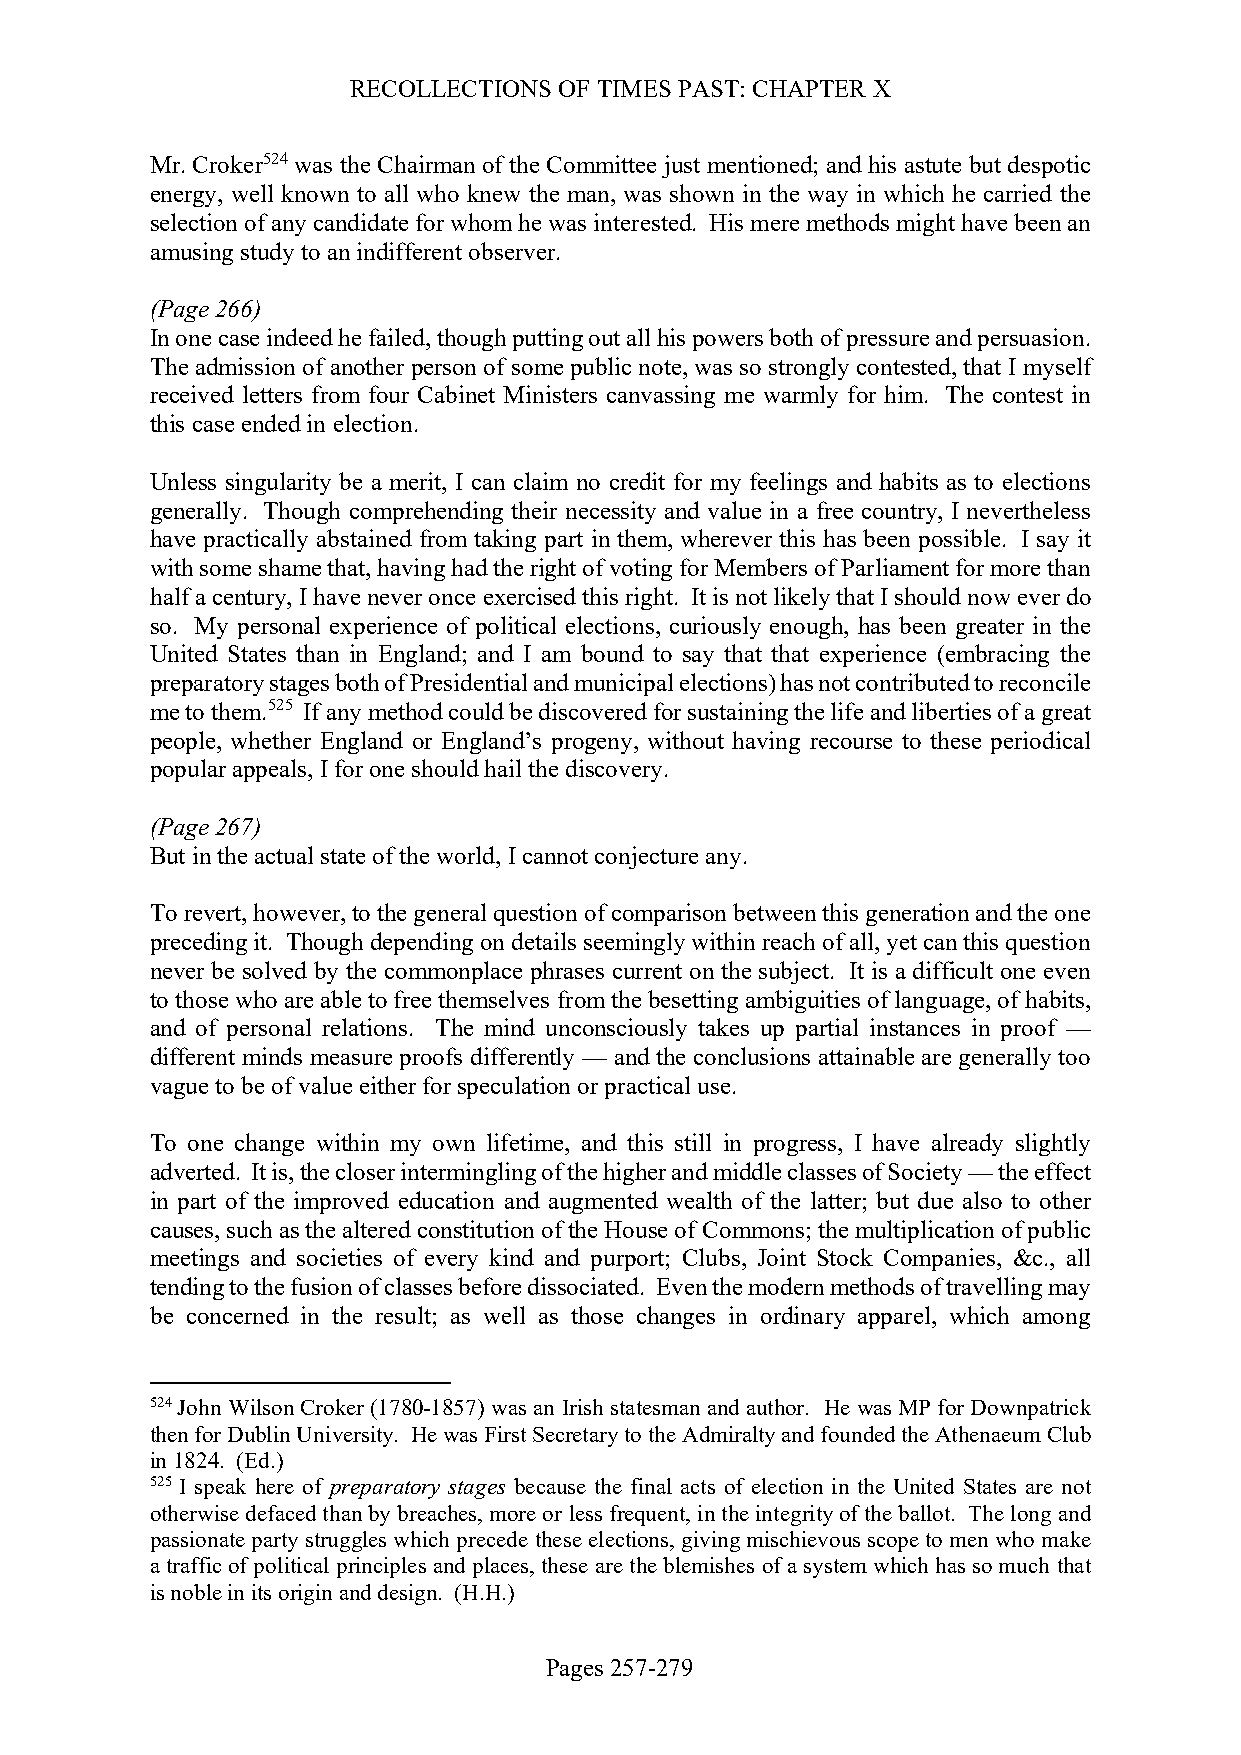
RECOLLECTIONS OF TIMES PAST: CHAPTER X
 Mr. Croker524 was the Chairman of the Committee just mentioned; and his astute but despotic
 energy, well known to all who knew the man, was shown in the way in which he carried the
 selection of any candidate for whom he was interested. His mere methods might have been an
 amusing study to an indifferent observer.
 (Page 266)
 In one case indeed he failed, though putting out all his powers both of pressure and persuasion.
 The admission of another person of some public note, was so strongly contested, that I myself
 received letters from four Cabinet Ministers canvassing me warmly for him. The contest in
 this case ended in election.
 Unless singularity be a merit, I can claim no credit for my feelings and habits as to elections
 generally. Though comprehending their necessity and value in a free country, I nevertheless
 have practically abstained from taking part in them, wherever this has been possible. I say it
 with some shame that, having had the right of voting for Members of Parliament for more than
 half a century, I have never once exercised this right. It is not likely that I should now ever do
 so. My personal experience of political elections, curiously enough, has been greater in the
 United States than in England; and I am bound to say that that experience (embracing the
 preparatory stages both of Presidential and municipal elections) has not contributed to reconcile
 me to them.525 If any method could be discovered for sustaining the life and liberties of a great
 people, whether England or England’s progeny, without having recourse to these periodical
 popular appeals, I for one should hail the discovery.
 (Page 267)
 But in the actual state of the world, I cannot conjecture any.
 To revert, however, to the general question of comparison between this generation and the one
 preceding it. Though depending on details seemingly within reach of all, yet can this question
 never be solved by the commonplace phrases current on the subject. It is a difficult one even
 to those who are able to free themselves from the besetting ambiguities of language, of habits,
 and of personal relations. The mind unconsciously takes up partial instances in proof —
 different minds measure proofs differently — and the conclusions attainable are generally too
 vague to be of value either for speculation or practical use.
 To one change within my own lifetime, and this still in progress, I have already slightly
 adverted. It is, the closer intermingling of the higher and middle classes of Society — the effect
 in part of the improved education and augmented wealth of the latter; but due also to other
 causes, such as the altered constitution of the House of Commons; the multiplication of public
 meetings and societies of every kind and purport; Clubs, Joint Stock Companies, &c., all
 tending to the fusion of classes before dissociated. Even the modern methods of travelling may
 be concerned in the result; as well as those changes in ordinary apparel, which among
 524 John Wilson Croker (1780-1857) was an Irish statesman and author. He was MP for Downpatrick
 then for Dublin University. He was First Secretary to the Admiralty and founded the Athenaeum Club
 in 1824. (Ed.)
 525 I speak here of preparatory stages because the final acts of election in the United States are not
 otherwise defaced than by breaches, more or less frequent, in the integrity of the ballot. The long and
 passionate party struggles which precede these elections, giving mischievous scope to men who make
 a traffic of political principles and places, these are the blemishes of a system which has so much that
 is noble in its origin and design. (H.H.)
 Pages 257-279